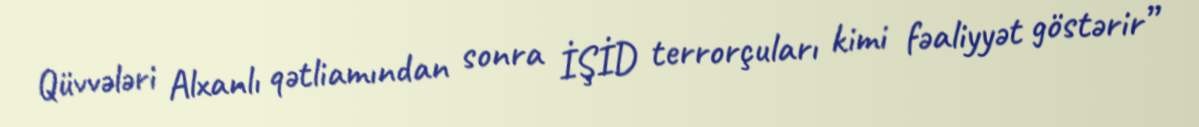
Qüvvələri Alxanlı qətliamından sonra İŞİD terrorçuları kimi fəaliyyət göstərir”